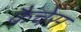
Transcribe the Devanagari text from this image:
कैचेस